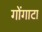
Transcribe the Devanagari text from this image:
गोंगाटा